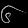
Digit: ၆